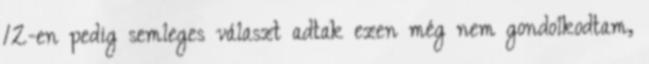
12-en pedig semleges választ adtak ezen még nem gondolkodtam,